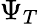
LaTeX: \Psi_{T}